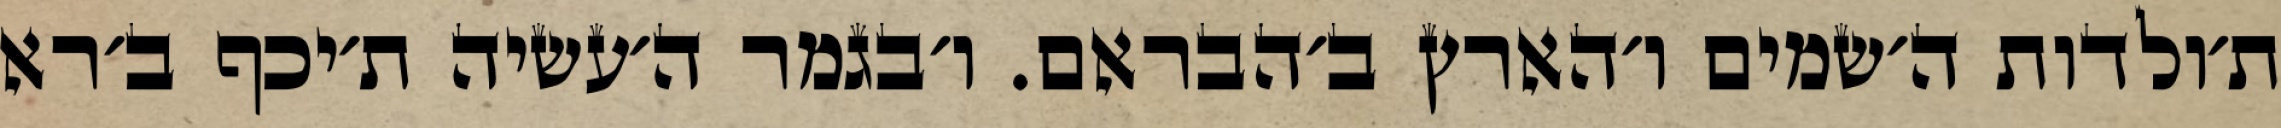
ת׳ולדות ה׳שמים ו׳הארץ ב׳הבראם. ו׳בגמר ה׳עשיה ת׳יכף ב׳רא